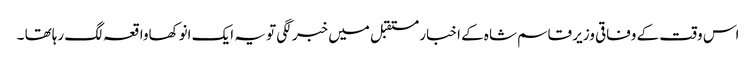
اس وقت کے وفاقی وزیر قاسم شاہ کے اخبار مستقبل میں خبر لگی تو یہ ایک انوکھاواقعہ لگ رہاتھا ۔